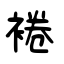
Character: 裷